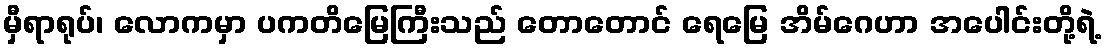
မှီရာရုပ်၊ လောကမှာ ပကတိမြေကြီးသည် တောတောင် ရေမြေ အိမ်ဂေဟာ အပေါင်းတို့ရဲ့